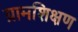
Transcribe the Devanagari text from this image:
ग्रामशिक्षण